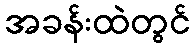
အခန်းထဲတွင်